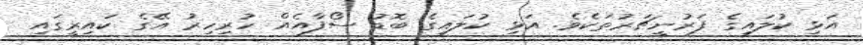
އަޅި ކުލައިގެ ފަރުނީޗަރުތަކެވެ. އަޅި ކުލައިގެ ބޮޑު ސޯފާއެއް ހުރިހިރު އޭގެ ކައިރީގައި